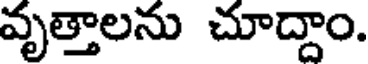
వృత్తాలను చూద్దాం.